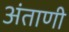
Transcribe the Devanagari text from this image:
अंताणी